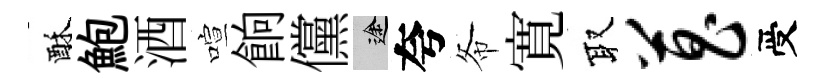
酥鮑酒喧餉儻途夸𢁙寛取菖受